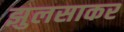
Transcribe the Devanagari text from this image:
झुलसाकर